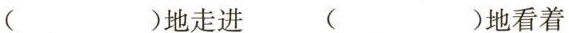
( )地走进 ( )地看着